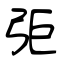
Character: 弡